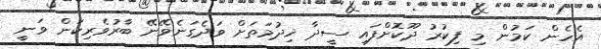
އެހެން ކަމުން މި ފިކުރު ދޫކޮށްފައި ސީދާ ޚިދުމަތަށް ވަދެގަނެވޭނޭ ބާރުވެރިކަން ވަނީ